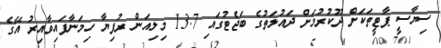
ސިޔާސީ ޕާޓީތަކަށް ދޫކުރުމަށް ދައުލަތުގެ ބަޖެޓުގައި 13.7 މިލިއަން ރުފިޔާ ހިމަނާފައިވާއިރު އޭގެ